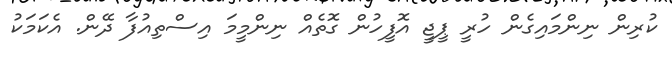
ކުރިން ނިންމައިގެން ހުރީ ޕީޖީ އޮފީހުން ގޮތެއް ނިންމީމަ އިސްތިއުފާ ދޭން. އެކަމަކު